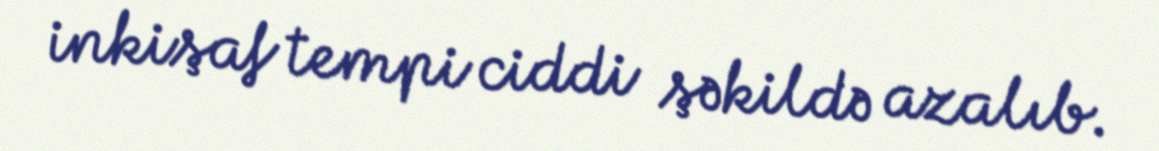
inkişaf tempi ciddi şəkildə azalıb.